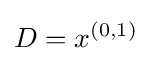
D=x^{(0,1)}